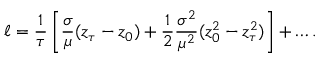
\ell = \frac { 1 } { \tau } \left[ \frac { \sigma } { \mu } ( z _ { \tau } - z _ { 0 } ) + \frac { 1 } { 2 } \frac { \sigma ^ { 2 } } { \mu ^ { 2 } } ( z _ { 0 } ^ { 2 } - z _ { \tau } ^ { 2 } ) \right] + \dots .